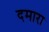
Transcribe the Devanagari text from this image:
दमारा